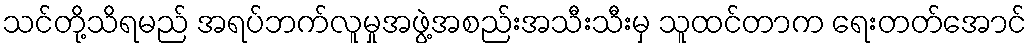
သင်တို့သိရမည် အရပ်ဘက်လူမှုအဖွဲ့အစည်းအသီးသီးမှ သူထင်တာက ရေးတတ်အောင်